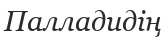
Палладидің